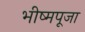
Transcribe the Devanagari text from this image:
भीष्मपूजा